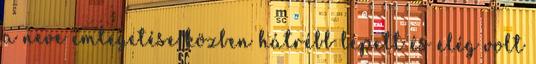
a neve emlegetése közben hátrébb lépett és elég volt